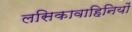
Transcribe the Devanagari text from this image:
लसिकावाहिनियों